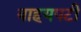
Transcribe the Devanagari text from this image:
बाहयपटी